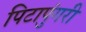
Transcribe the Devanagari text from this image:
पिटापुंगरी